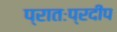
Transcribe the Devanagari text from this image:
प्रातःप्रदीप